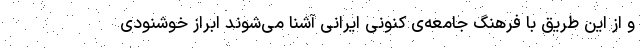
و از این طریق با فرهنگ جامعه­ی کنونی ایرانی آشنا می­شوند ابراز خوشنودی